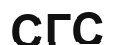
СГС